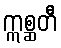
ဣစ္ဆတီ